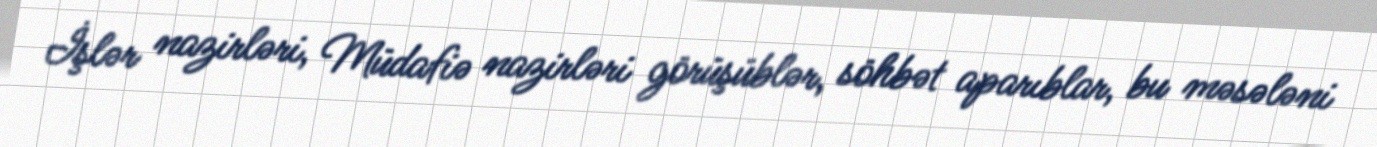
İşlər nazirləri, Müdafiə nazirləri görüşüblər, söhbət aparıblar, bu məsələni